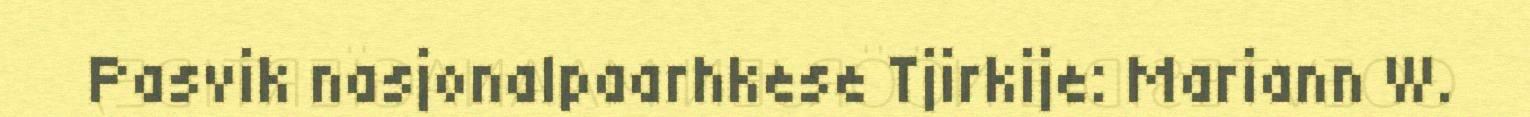
Pasvik nasjonalpaarhkese Tjirkije: Mariann W.